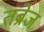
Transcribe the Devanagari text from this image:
तब्रेज